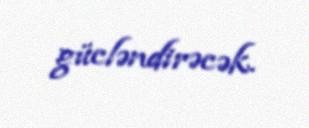
gücləndirəcək.